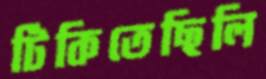
টিকিতেছিলি